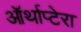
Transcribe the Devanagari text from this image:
ऑर्थाप्टेरा